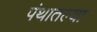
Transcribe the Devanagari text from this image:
पंथातल्या